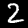
Label: 2